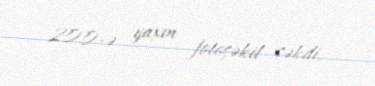
200-ə yaxın fotoşəkil çəkdi.